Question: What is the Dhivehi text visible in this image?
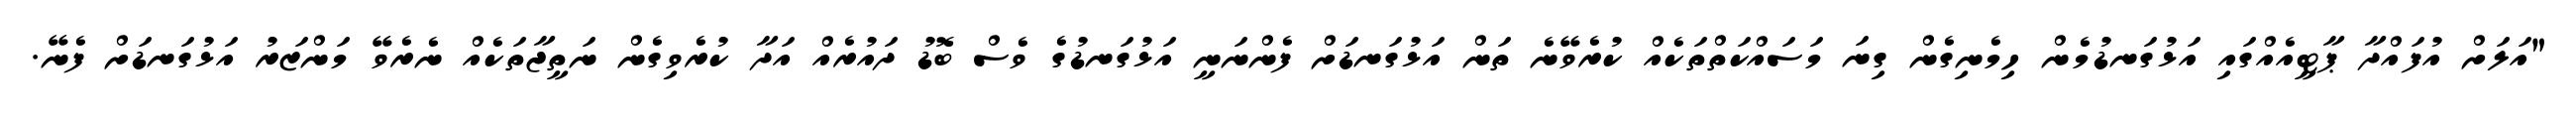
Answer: "އަލަށް އުފައްދާ ޕާޓީއެއްގައި އަޅުގަނޑުމެން ހިމެނިގެން ގިނަ މަސައްކަތްތަކެއް ކުރެވޭނެ ތަން އަޅުގަނޑަށް ފެންނަނީ އަޅުގަނޑުގެ ވެސް ބޮޑު ދައުރެއް އަދާ ކުރެވިގެން ނަތީޖާތަކެއް ނެރެވޭ މަންޒަރު އަޅުގަނޑަށް ފެނޭ.